Report on vaccination proceedings throughout the Government of Bengal -
Year: 1868
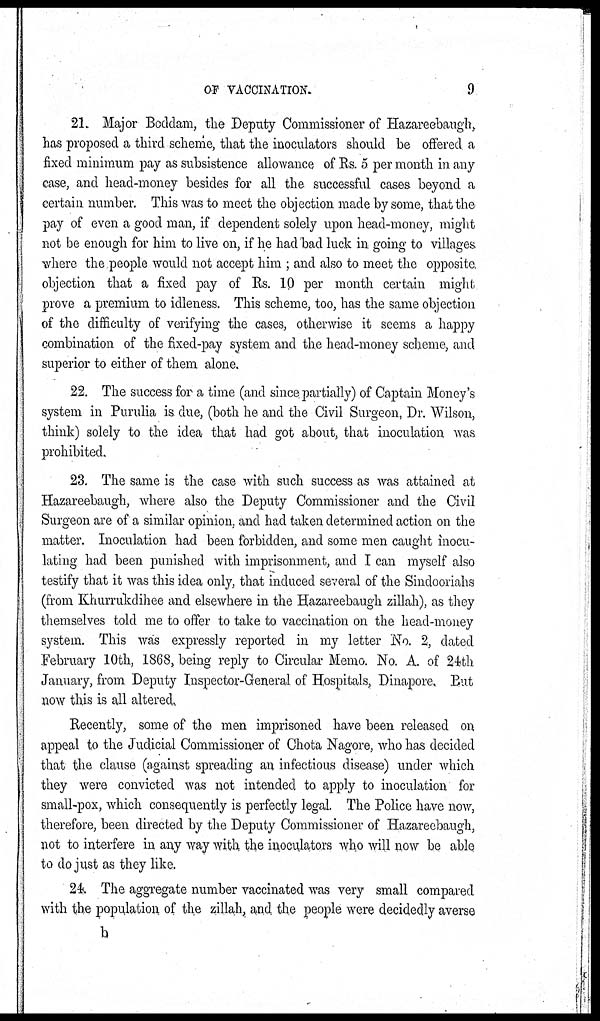
OF VACCINATION.
9
21. Major Boddam, the Deputy Commissioner of Hazareebangh,
has proposed a third scheme, that the inoculators should be offered a
fixed minimum pay as subsistence allowance of Rs. 5 per month in any
case, and head-money besides for all the successful cases beyond a
certain number. This was to meet the objection made by some, that the
pay of even a good man, if dependent solely upon head-money, might
not be enough for him to live on, if he had bad luck in going to villages
where the people would not accept him ; and also to meet the opposite
objection that a fixed pay of Rs. 10 per month certain might
prove a premium to idleness. This scheme, too, has the same objection
of the difficulty of verifying the cases, otherwise it seems a happy
combination of the fixed-pay system and the head-money scheme, and
superior to either of them alone.
22. The success for a time (and since partially) of Captain Money's
system in Purulia is due, (both he and the Civil Surgeon, Dr. Wilson,
think) solely to the idea that had got about, that inoculation was
prohibited.
23. The same is the case with such success as was attained at
Hazareebaugh, where also the Deputy Commissioner and the Civil
Surgeon are of a similar opinion, and had taken determined action on the
matter. Inoculation had been forbidden, and some men caught inocu-
lating had been punished with imprisonment, and I can myself also
testify that it was this idea only, that induced several of the Sindooriahs
(from Khurrukdihee and elsewhere in the Hazareebaugh zillah), as they
themselves told me to offer to take to vaccination on the head-money
system. This was expressly reported in my letter No. 2, dated
February 10th, 1868, being reply to Circular Memo. No. A. of 24th
January, from Deputy Inspector-General of Hospitals, Dinapore, But
now this is all altered.
Recently, some of the men imprisoned have been released on
appeal to the Judicial Commissioner of Chota Nagore, who has decided
that the clause (against spreading an infectious disease) under which
they were convicted was not intended to apply to inoculation for
small-pox, which consequently is perfectly legal. The Police have now,
therefore, been directed by the Deputy Commissioner of Hazareebaugh,
not to interfere in any way with the inoculators who will now be able
to do just as they like.
24. The aggregate number vaccinated was very small compared
with the population of the zillah, and the people were decidedly averse
b